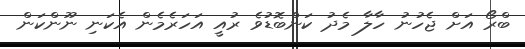
ބްރޯ އަށް ޖެހުނު ހާލާ މެދު ކަންބޮޑުވެ ރުއީ އަހަރެމެން އެކަނި ނޫންކަން